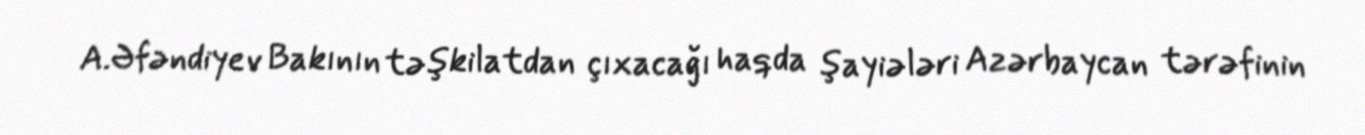
A.Əfəndiyev Bakının təşkilatdan çıxacağı haqda şayiələri Azərbaycan tərəfinin